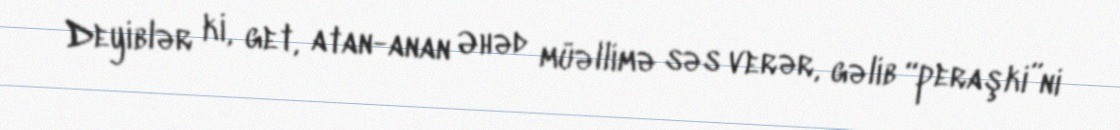
Deyiblər ki, get, atan-anan Əhəd müəllimə səs verər, gəlib “peraşki”ni